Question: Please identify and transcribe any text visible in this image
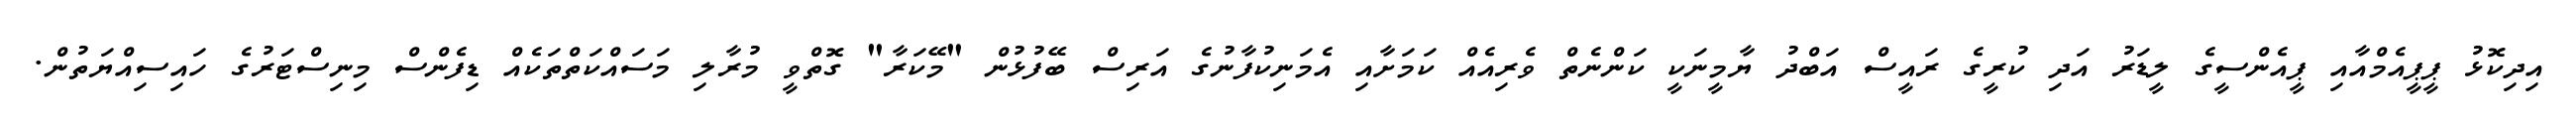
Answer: އިދިކޮޅު ޕީޕީއެމްއާއި ޕީއެންސީގެ ލީޑަރު އަދި ކުރީގެ ރައީސް އަބްދު ޔާމީނަކީ ކަންނެތް ވެރިއެއް ކަމަށާއި އެމަނިކުފާނުގެ އަރިސް ބޭފުޅުން "މޭކަރާ" ގޮތްވީ މުރާލި މަސައްކަތްތަކެއް ޑިފެންސް މިނިސްޓަރުގެ ހައިސިއްޔަތުން.